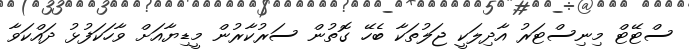
ސްޓޭޓް މިނިސްޓަރު އާދިލަކީ ޖަލުތަކާ ބެހޭ ގޮތުން ސަރުކާރުން މީޑިޔާއަށް ވާހަކަފުޅު ދައްކަވާ